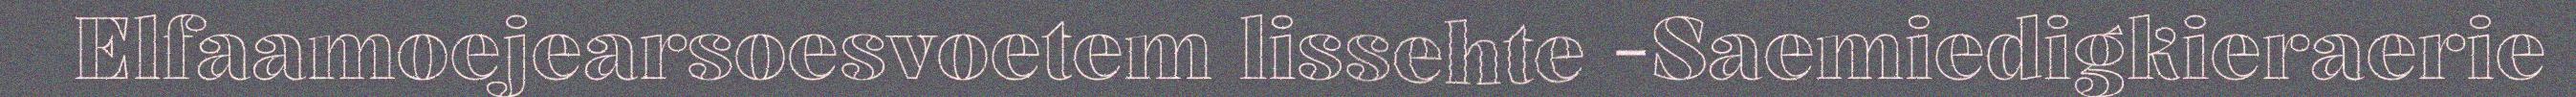
Elfaamoejearsoesvoetem lissehte -Saemiedigkieraerie